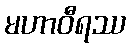
မဟာဝီရဿ